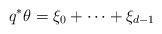
LaTeX: \begin{align*}q^*\theta = \xi_0 + \cdots + \xi_{d-1} \end{align*}